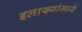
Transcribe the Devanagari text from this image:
इलाख्यांमध्ये